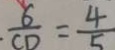
\frac { 6 } { C D } = \frac { 4 } { 5 }